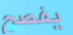
يفصح